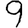
Digit: 9